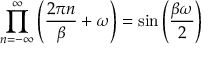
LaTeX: \prod _ { n = - \infty } ^ { \infty } \left( \frac { 2 \pi n } { \beta } + \omega \right) = \sin \left( \frac { \beta \omega } { 2 } \right)